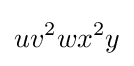
uv^{2}wx^{2}y